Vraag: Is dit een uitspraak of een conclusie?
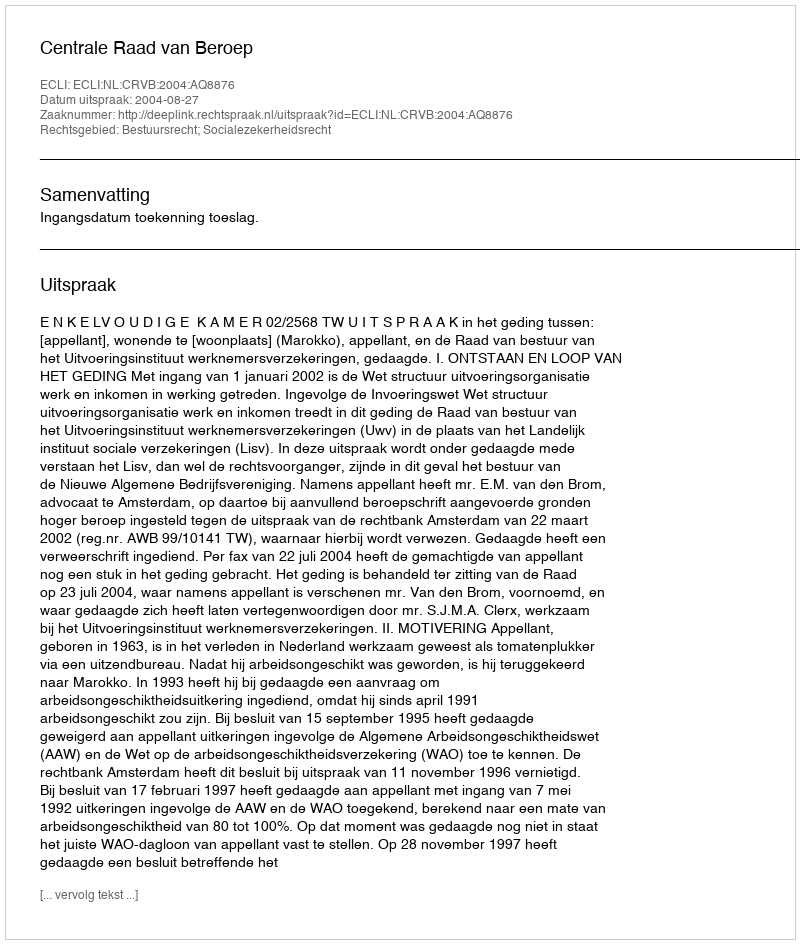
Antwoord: Uitspraak